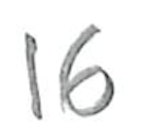
Text: 16
Cross-out: clean
Writing tool: pencil